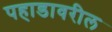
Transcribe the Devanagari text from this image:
पहाडावरील